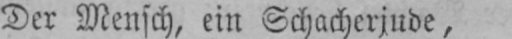
Der Mensch, ein Schacherjude,